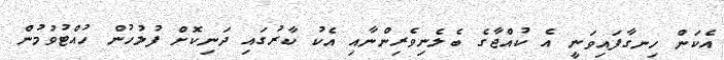
އެކަން ހިނގާފައިވަނީ އެ ކުއްޖާގެ ބެލެނިވެރިންނާއި އެކު ކާރުގައި ދަނިކޮށް ފުލުހުން ހުއްޓުވުމުން